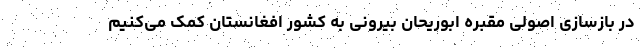
در بازسازی اصولی مقبره ابوریحان بیرونی به کشور افغانستان کمک می‌کنیم